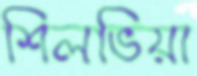
শিলভিয়া